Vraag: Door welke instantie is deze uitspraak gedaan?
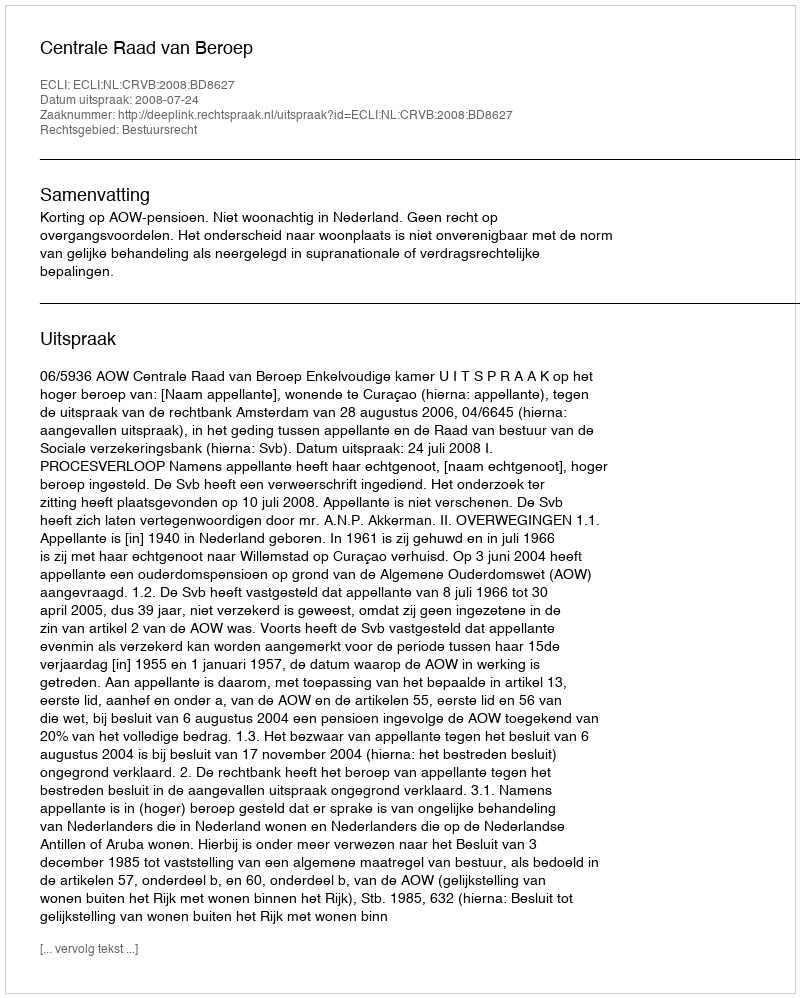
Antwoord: Centrale Raad van Beroep